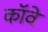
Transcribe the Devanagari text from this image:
कॉवे